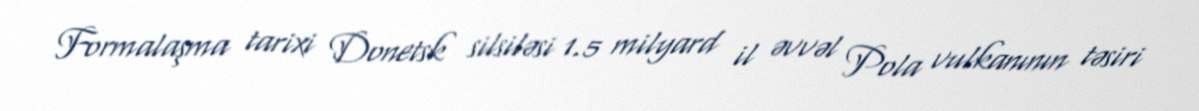
Formalaşma tarixi Donetsk silsiləsi 1.5 milyard il əvvəl Pola vulkanının təsiri